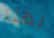
بهذا